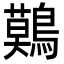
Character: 𪅐